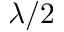
\lambda / 2